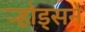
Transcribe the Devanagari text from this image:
र्‍होड्सने